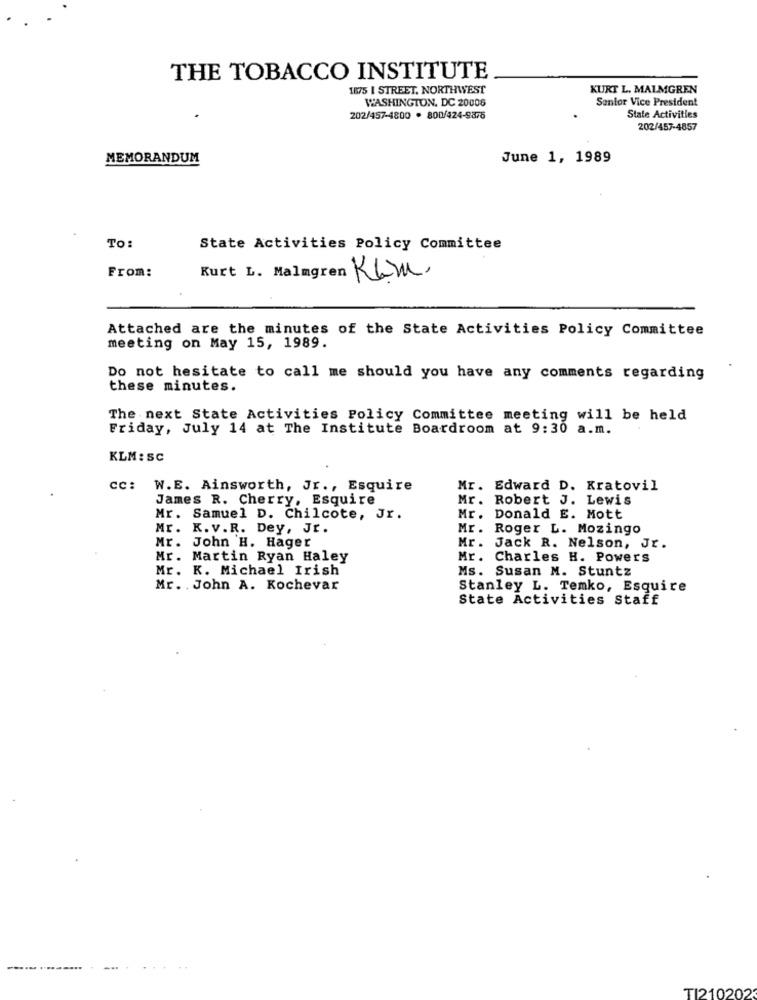
THE TOBACCO INSTITUTE
1875 I STREET. NORTHWEST
KURT L. MALMGREN
WASHINGTON, DC 20006
Senior Vice President
202/457-4800 · 800/424-9875
State Activities
202/457-4857
MEMORANDUM
June 1, 1989
To:
State Activities Policy Committee
From:
Kurt L. Malagren Kam.
Attached are the minutes of the State Activities Policy Committee
meeting on May 15, 1989.
Do not hesitate to call me should you have any comments regarding
these minutes.
The next State Activities Policy Committee meeting will be held
Friday, July 14 at The Institute Boardroom at 9:30 a.m.
KLM: SC
CC:
W.E. Ainsworth, Jr ., Esquire
Mr. Edward D. Kratovil
James R. Cherry, Esquire
Mr. Robert J. Lewis
Mr. Samuel D. Chilcote, Jr.
Mr. Donald E. Mott
Mr. K.v.R. Dey, Jr.
Mr. Roger L. Mozingo
Mr. John H. Hager
Mr. Jack R. Nelson, Jr.
Mr. Martin Ryan Haley
Mr. Charles H. Powers
Mr. K. Michael Irish
Ms. Susan M. Stuntz
Mr. . John A. Kochevar
Stanley L. Temko, Esquire
State Activities Staff
... .........
TI210202